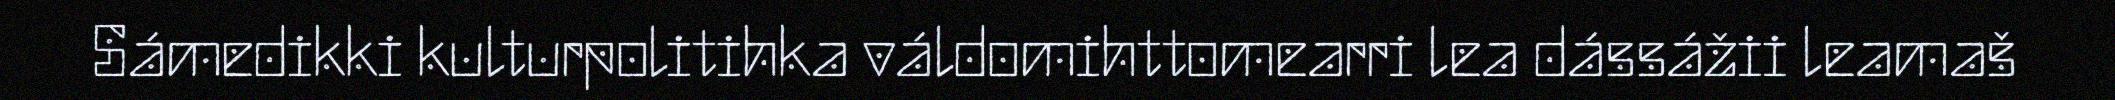
Sámedikki kulturpolitihka váldomihttomearri lea dássážii leamaš